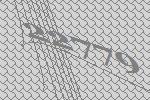
22779